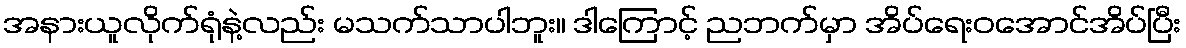
အနားယူလိုက်ရုံနဲ့လည်း မသက်သာပါဘူး။ ဒါကြောင့် ညဘက်မှာ အိပ်ရေးဝအောင်အိပ်ပြီး